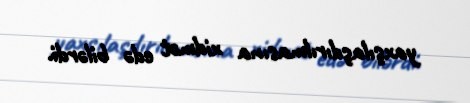
yaxşılaşdırılmasına xidmət edə bilərdi.